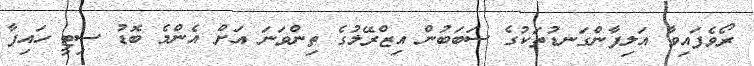
ރޯވެފައިވާ އަލިފާންގަނޑުތަކުގެ ސަބަބުން އިޒްރޭލުގެ ތިންވަނަ އަށް އެންމެ ބޮޑު ސިޓީ ހައިފާ